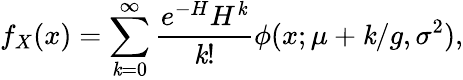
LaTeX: f_{X}(x)=\sum_{\mathit{k}=0}^{\infty}\frac{{e^{-H}H^{\mathit{k}}}}{{\mathit{k}!}}\phi(x;\mu+\mathit{k}/g,\sigma^{2}),